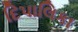
દિપાલિકા